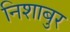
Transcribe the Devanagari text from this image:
निशाबुर